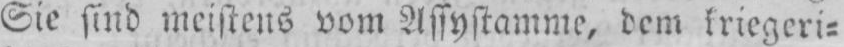
Sie sind meistens vom Assystamme, dem kriegeri⸗